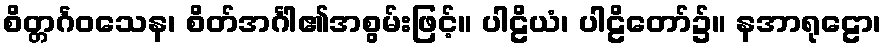
စိတ္တင်္ဂဝသေန၊ စိတ်အင်္ဂါ၏အစွမ်းဖြင့်။ ပါဠိယံ၊ ပါဠိတော်၌။ နအာရုဠော၊